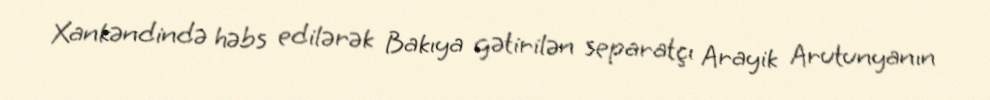
Xankəndində həbs edilərək Bakıya gətirilən separatçı Arayik Arutunyanın